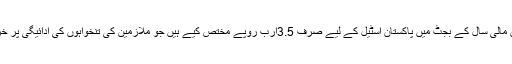
حکومت نے رواں مالی سال کے بجٹ میں پاکستان اسٹیل کے لیے صرف 3.5ارب روپے مختص کیے ہیں جو ملازمین کی تنخواہوں کی ادائیگی پر خرچ کی جائے گی۔